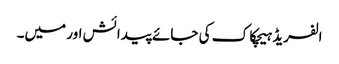
الفریڈ ہیچکاک کی جائے پیدائش اور میں۔